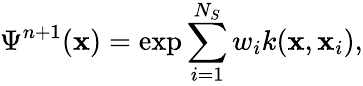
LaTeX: \Psi^{n+1}(\mathbf{x})=\exp{\sum_{i=1}^{N_{S}}w_{i}k(\mathbf{x},\mathbf{x}_{i})},